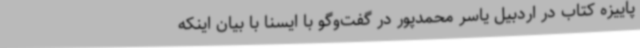
پاییزه کتاب در اردبیل یاسر محمدپور در گفت‌وگو با ایسنا با بیان اینکه